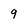
Character: 9